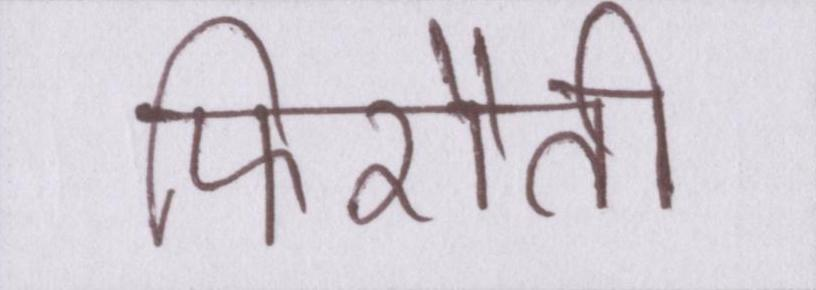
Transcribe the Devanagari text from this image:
फिरौती